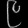
Digit: ၉